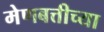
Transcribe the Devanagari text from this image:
मेणबत्तीच्या